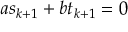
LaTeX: a s _ { k + 1 } + b t _ { k + 1 } = 0